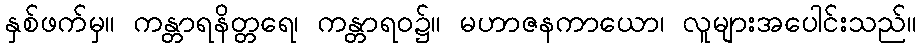
နှစ်ဖက်မှ။ ကန္တာရနိတ္တရေ၊ ကန္တာရဝ၌။ မဟာဇနကာယော၊ လူများအပေါင်းသည်။